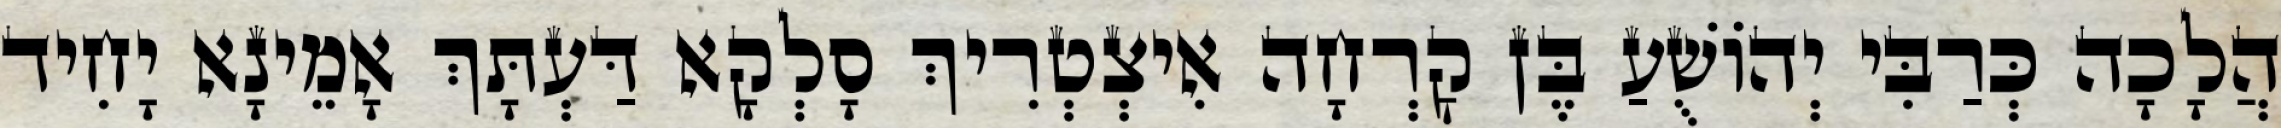
הֲלָכָה כְּרַבִּי יְהוֹשֻׁעַ בֶּן קׇרְחָה אִיצְטְרִיךְ סָלְקָא דַּעְתָּךְ אָמֵינָא יָחִיד